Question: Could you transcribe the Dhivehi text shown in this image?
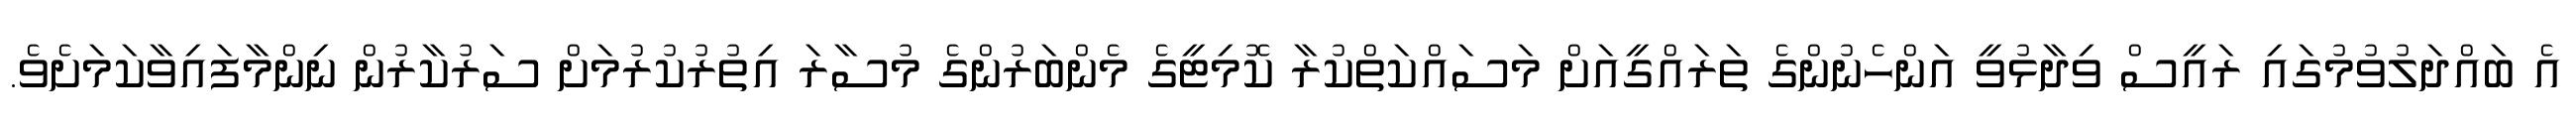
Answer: އެ ބައްދަލުވުމުގައި ރައީސް ވިދާޅުވީ އަންހެނުންގެ ތަރައްގީއަށް މަސައްކަތްކުރާ ކޮމިޓީގެ މެންބަރުންގެ މުސާރަ އިތުރުކުރުމަށް ސަރުކާރުން ނިންމާފައިވާކަމަށެވެ.